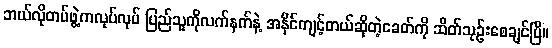
ဘယ်လိုတပ်ဖွဲ့ကလုပ်လုပ် ပြည်သူကိုလက်နက်နဲ့ အနိုင်ကျင့်တယ်ဆိုတဲ့ခေတ်ကို ဆိတ်သုဉ်းစေချင်ပြီ။